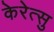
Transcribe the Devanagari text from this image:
केरेत्सु